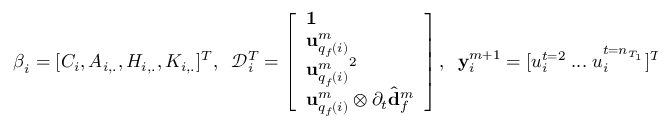
\boldsymbol { \beta } _ { i } = [ C _ { i } , A _ { i , . } , H _ { i , . } , K _ { i , . } ] ^ { T } , \; \; \mathcal { D } _ { i } ^ { T } = \left[ \begin{array} { l } { \mathbf { 1 } } \\ { \mathbf { u } _ { q _ { f } ( i ) } ^ { m } } \\ { { \mathbf { u } _ { q _ { f } ( i ) } ^ { m } } ^ { 2 } } \\ { \mathbf { u } _ { q _ { f } ( i ) } ^ { m } \otimes \partial _ { t } \hat { \mathbf { d } } _ { f } ^ { m } } \end{array} \right] , \; \; \mathbf { y } _ { i } ^ { m + 1 } = [ u _ { i } ^ { t = 2 } \; . . . \; u _ { i } ^ { t = n _ { T _ { 1 } } } ] ^ { T } ,